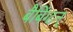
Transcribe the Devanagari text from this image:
बैबिंग्टन्